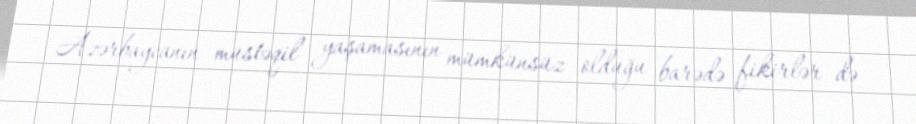
Azərbaycanın müstəqil yaşamasının mümkünsüz olduğu barədə fikirlər də